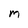
Character: m